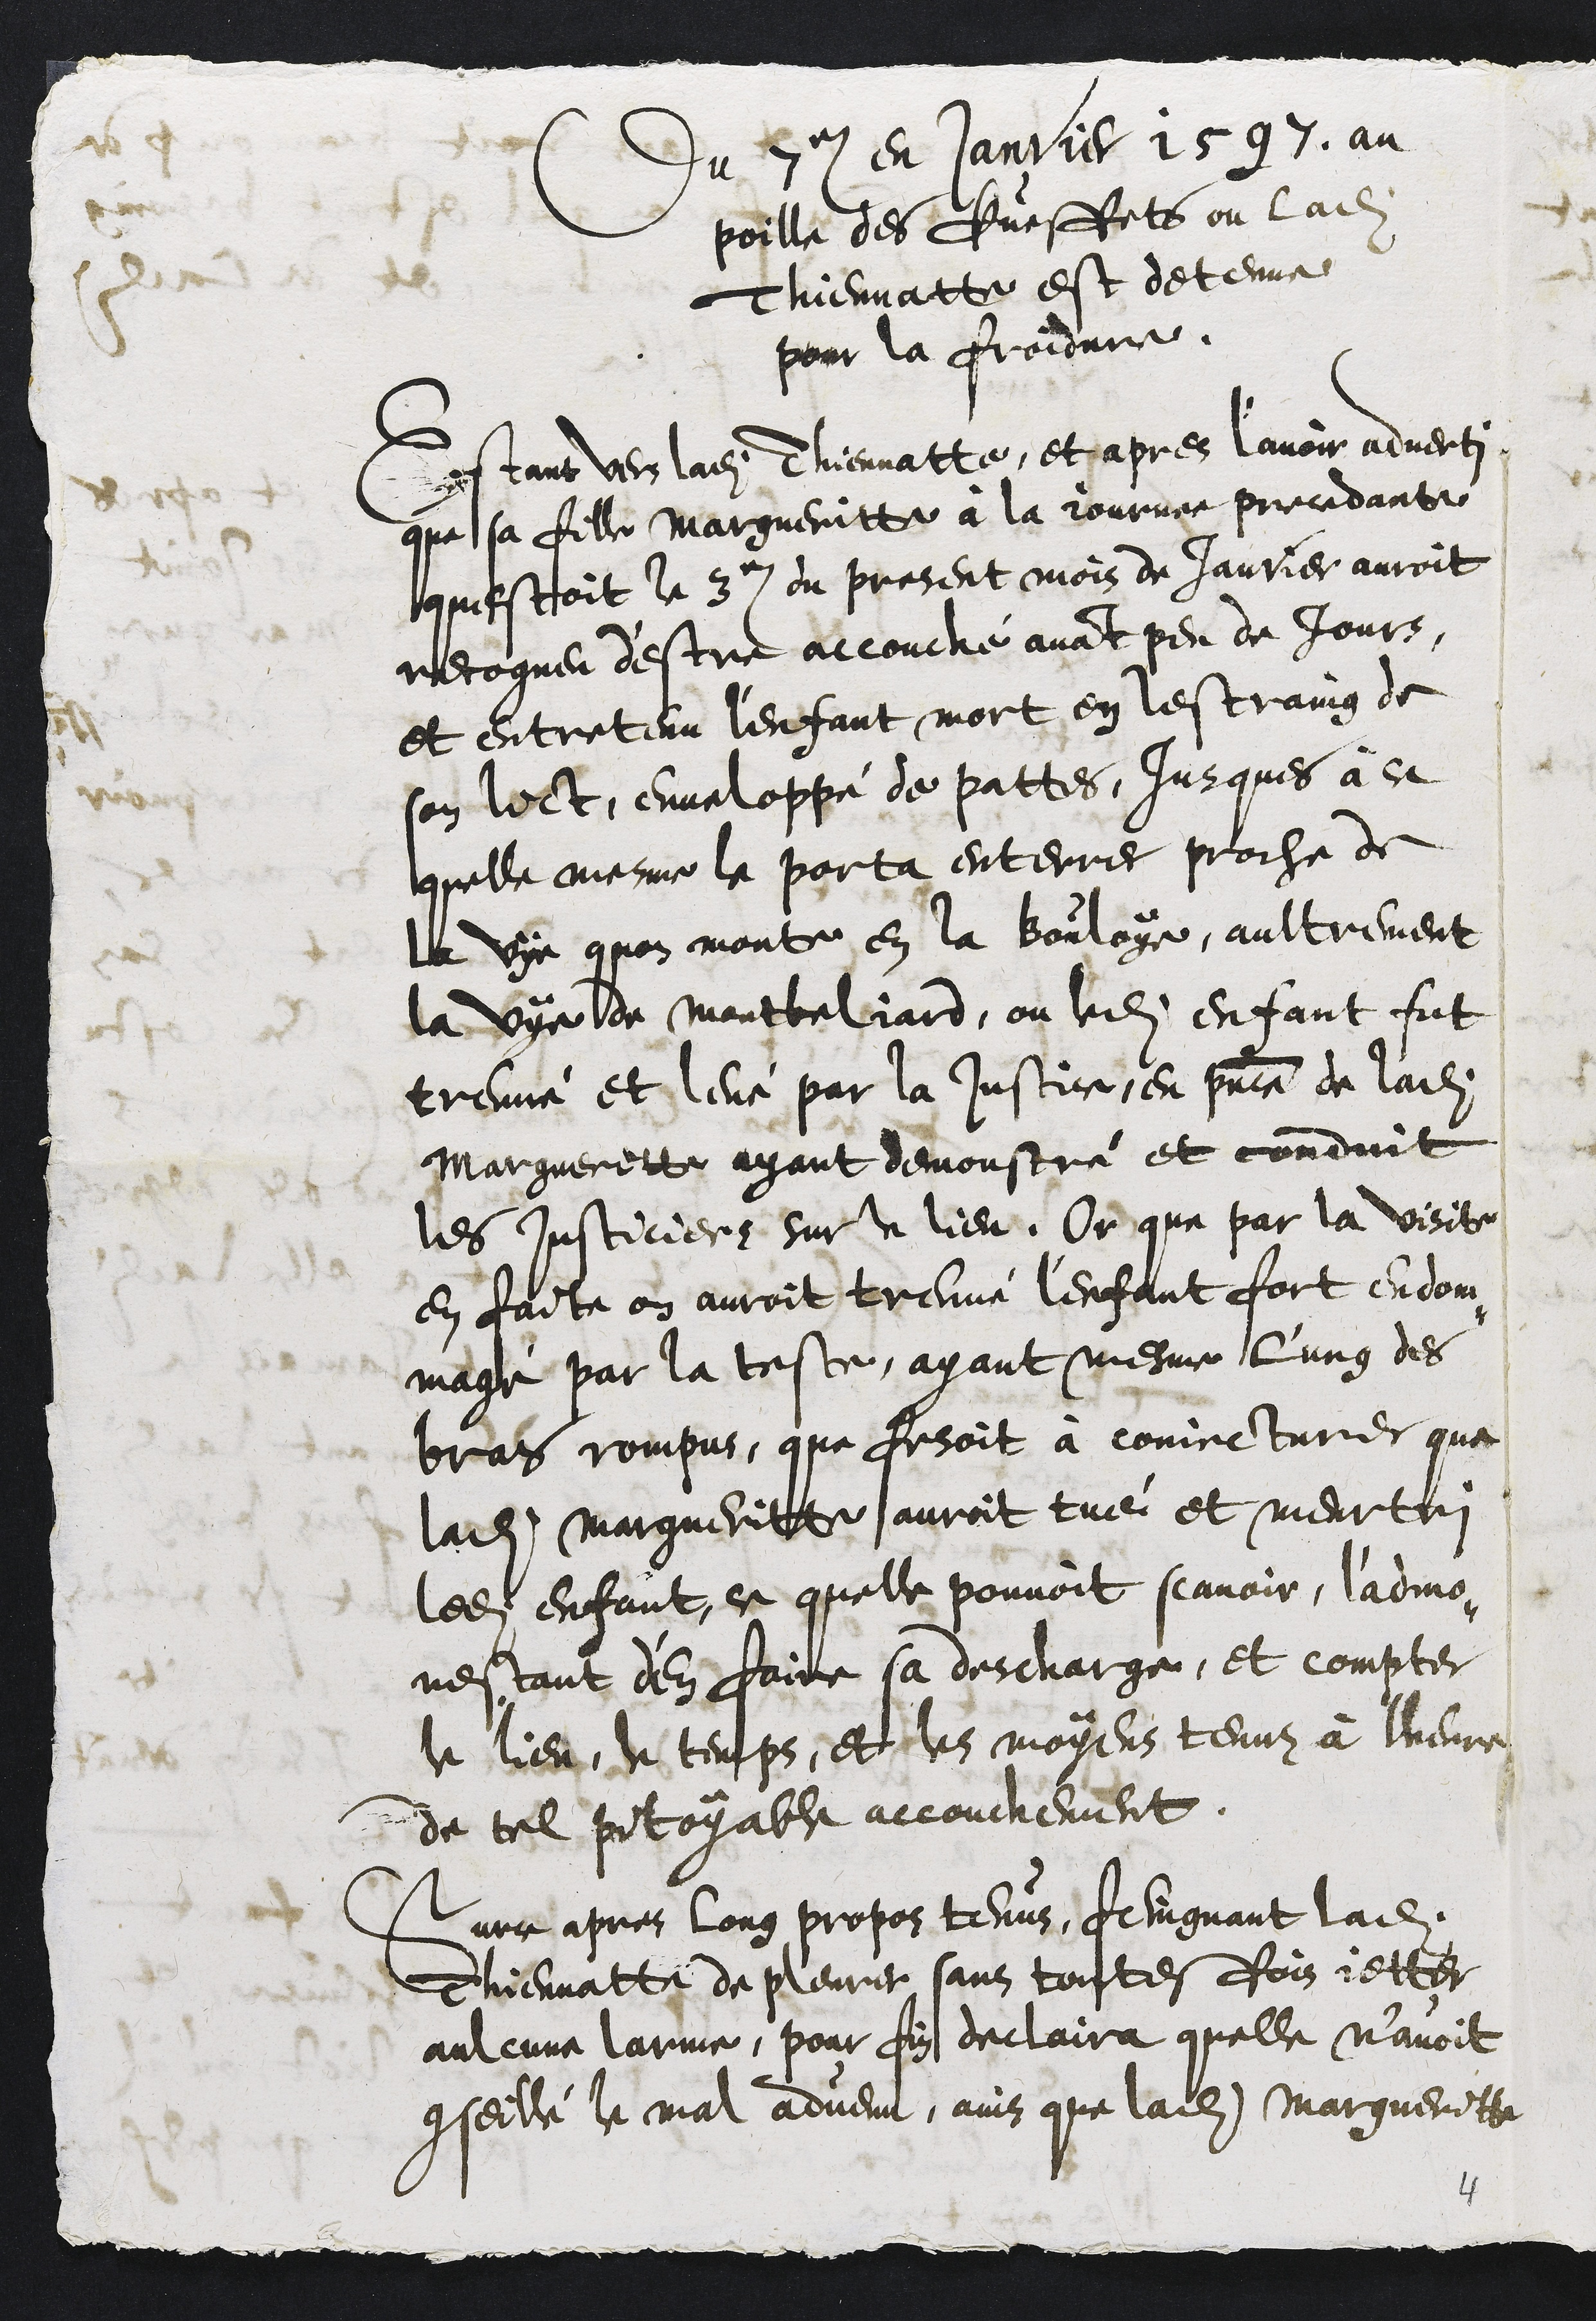
Du 7e en janvier 1597. au
poille des Queffets ou ladite
Thiennatte est detenue
pour la froideur.
Estant vers ladite Thiennatte, et apres l’avoir adverti
que sa fille Margueritte à la journee precedante
questoit le 3e du present mois de Janvier auroit
recogneu d'estre accouché avant peu de Jours,
et entretenu l'enfant mort en lestraing de
son lict, enveloppé de pattes, jusques à ce
quelle mesme le porta enterrer proche de
la vye quon monte en la Bouloye, aultrement
la vye de Montbeliard, ou ledit enfant fut
treuvé et levé par la Justice, en presence de ladite
Margueritte ayant demonstré et conduit
les Justiciers sur le lieu. Or que par la visite
en faite on auroit treuvé l'enfant fort endom-
magé par la teste, ayant mesme l'ung des
bras rompus, que fesoit à conjecturer que
ladite Margueritte auroit tué et meurtri
ledit enfant, ce quelle pouvoit scavoir, l'admo-
nestant d'en faire sa descharge, et compter
le lieu, le temps, et les moyens tenuz à lheure
de tel pitoyable accouchement.
Surce apres long propos tenus, feingnant ladite
Thiennatte de pleurer sans toutesfois jetter
aulcune larme, pour fin declaira quelle n'avoit
conseillé le mal advenu, ains que ladite Margueritte
4